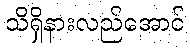
သိရှိနားလည်အောင်